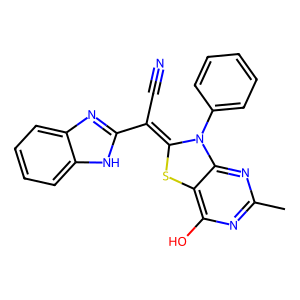
SMILES: Cc1nc(O)c2c(n1)N(c1ccccc1)C(=C(C#N)c1nc3ccccc3[nH]1)S2
Inhibits HIV replication: No